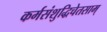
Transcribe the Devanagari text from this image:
कर्मसंशुद्धिचेतसाम्